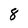
Character: 8